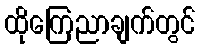
ထိုကြေညာချက်တွင်